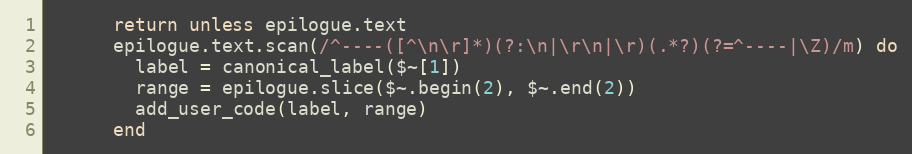
Language: Ruby
      return unless epilogue.text
      epilogue.text.scan(/^----([^\n\r]*)(?:\n|\r\n|\r)(.*?)(?=^----|\Z)/m) do
        label = canonical_label($~[1])
        range = epilogue.slice($~.begin(2), $~.end(2))
        add_user_code(label, range)
      end